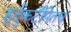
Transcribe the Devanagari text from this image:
हुर्दुकटीपेतच